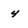
Character: 4